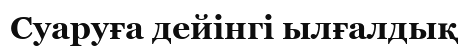
Суаруға дейінгі ылғалдық